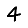
Digit: 4